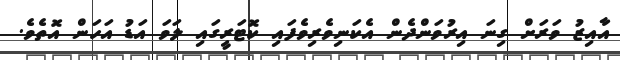
އާއިޒު ވަރަށް ގިނަ އިރުވަންދެން އެކަނިވެރިވެފައި ކޮޓަރީގައި ލަވަ އަޑު އަހަން އޮތެވެ.